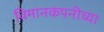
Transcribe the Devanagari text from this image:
विमानकंपनीच्या